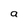
Character: a